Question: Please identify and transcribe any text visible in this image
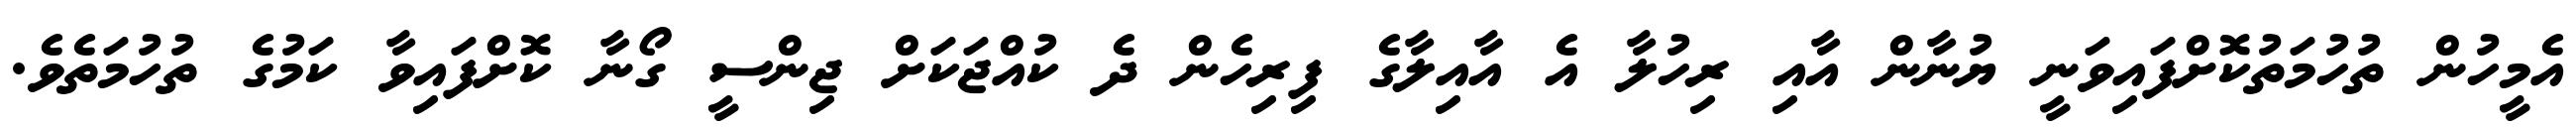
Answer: އެމީހުން ތުހުމަތުކޮށްފައިވަނީ ޔުނާން އާއި ރިހުލާ އެ އާއިލާގެ ފިރިހެން ދެ ކުއްޖަކަށް ޖިންސީ ގޯނާ ކޮށްފައިވާ ކަމުގެ ތުހުމަތެވެ.